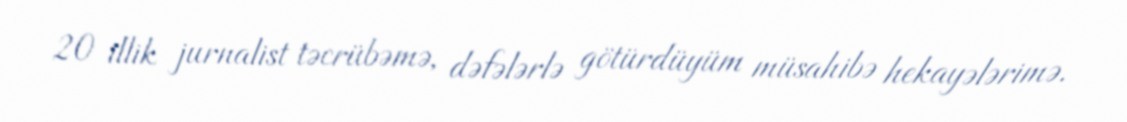
20 illik jurnalist təcrübəmə, dəfələrlə götürdüyüm müsahibə hekayələrimə.